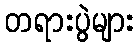
တရားပွဲများ